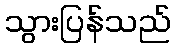
သွားပြန်သည်